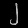
Digit: ၂